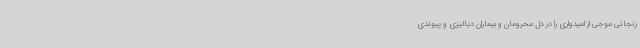
زنجانی موجی از امیدواری را در دل محرومان و بیماران دیالیزی و پیوندی